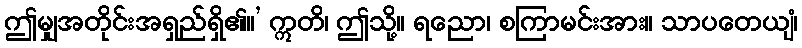
ဤမျှအတိုင်းအရှည်ရှိ၏။’ ဣတိ၊ ဤသို့။ ရညော၊ စကြာမင်းအား။ သာပတေယျံ၊